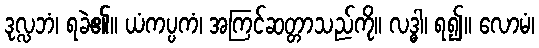
ဒုလ္လဘံ၊ ရခဲ၏။ ယံကပ္ပကံ၊ အကြင်ဆတ္တာသည်ကို။ လဒ္ဓါ၊ ရ၍။ လောမံ၊